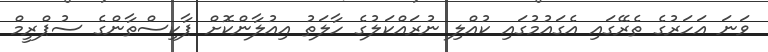
ވަނަ އަހަރުގެ ތެރޭގައި އެގައުމުގައި ކުއްލި ނުރައްކަލުގެ ހާލަތު އިއުލާންކޮށް ޕާކިސްތާންގެ ސުޕްރީމް